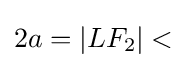
2a=\left|LF_{2}\right|<{}